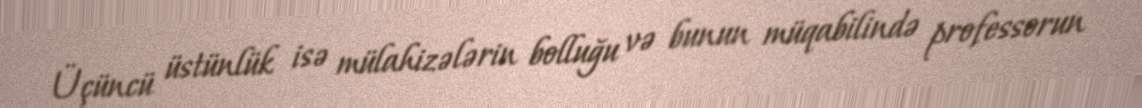
Üçüncü üstünlük isə mülahizələrin bolluğu və bunun müqabilində professorun